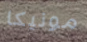
مونيكا